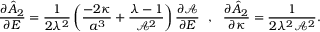
\frac { \partial \hat { A } _ { 2 } } { \partial E } = \frac { 1 } { 2 \lambda ^ { 2 } } \left( \frac { - 2 \kappa } { a ^ { 3 } } + \frac { \lambda - 1 } { \mathcal { A } ^ { 2 } } \right) \frac { \partial \mathcal { A } } { \partial E } ~ ~ , ~ ~ \frac { \partial \hat { A } _ { 2 } } { \partial \kappa } = \frac { 1 } { 2 \lambda ^ { 2 } \mathcal { A } ^ { 2 } } .